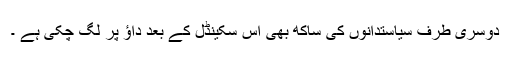
دوسری طرف سیاستدانوں کی ساکھ بھی اس سکینڈل کے بعد داؤ پر لگ چکی ہے ۔